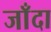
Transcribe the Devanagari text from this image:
जाँदा